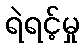
ရဲရင့်မှု